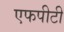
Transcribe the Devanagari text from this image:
एफपीटी